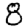
Digit: 8